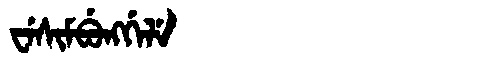
Manchu: ᠸᡝᠰᡳᠮᠪᡠᠩᡤᡝᠯᡝ
Romanization: WESIMBUNGGELE